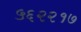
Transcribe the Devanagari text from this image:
५६२२१७